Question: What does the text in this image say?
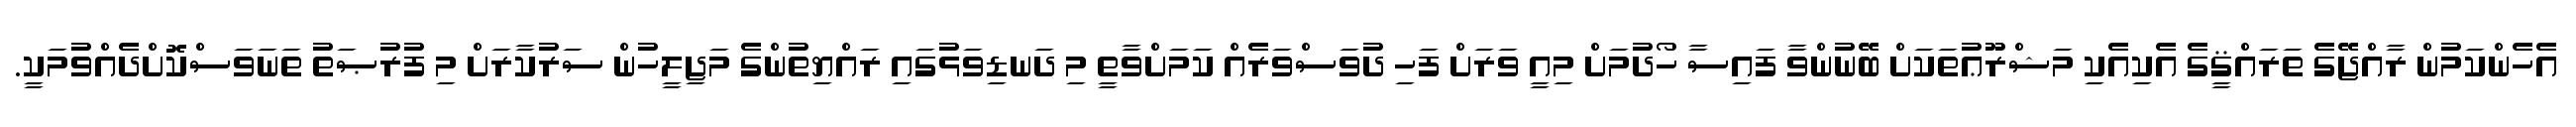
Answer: އެހެންކަމުން ރާއްޖޭގެ ތަރައްޤީގެ އެކިއެކި މަޝްރޫޢުތަކަށް ބޭނުންވާ ފައިސާ ހޯދުމަށް މިއީ ވަރަށް ފަހި ދުވަސްވަރެއް ކަމަށްވާތީ މި ދަނޑިވަޅުގައި ރައްޔިތުންގެ މަޖިލީހުން ސަރުކާރަށް މި ފުރުޞަތު ތަނަވަސްކޮށްދެއްވުމަކީ.